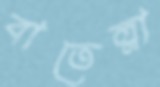
বাতেল্লা